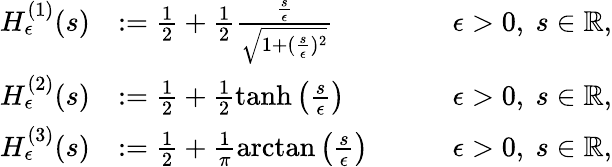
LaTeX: \begin{array}{rlr}{H_{\epsilon}^{(1)}(s)}&{:=\frac{1}{2}+\frac{1}{2}\frac{\frac{s}{\epsilon}}{\sqrt{1+(\frac{s}{\epsilon})^{2}}}}&{\qquad\epsilon>0,\ s\in\mathbb{R},}\\ {H_{\epsilon}^{(2)}(s)}&{:=\frac{1}{2}+\frac{1}{2}\operatorname{tanh}\left(\frac{s}{\epsilon}\right)}&{\qquad\epsilon>0,\ s\in\mathbb{R},}\\ {H_{\epsilon}^{(3)}(s)}&{:=\frac{1}{2}+\frac{1}{\pi}\arctan\left(\frac{s}{\epsilon}\right)}&{\qquad\epsilon>0,\ s\in\mathbb{R},}\end{array}